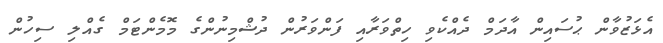
އެޅަޒުވާން ޙުސައިން އާދަމް ދެއްކެވި ހިތްވަރާއި ފަންވަރުން ދުޝްމިނުންގެ މޮމެންޓަމް ގެއްލި ސިހުން